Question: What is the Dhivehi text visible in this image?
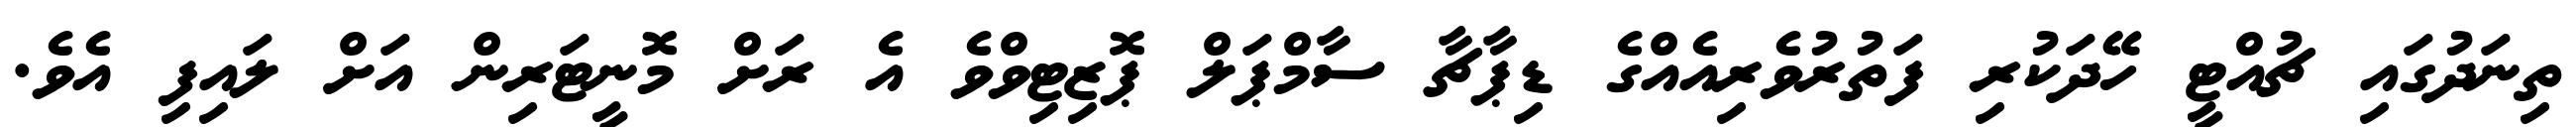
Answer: ތިނަދުގައި ޗުއްޓީ ހޭދަކުރި ފަތުރުވެރިއެއްގެ ޑިޕާޗާ ސާމްޕަލް ޕޮޒިޓިވްވެ އެ ރަށް މޮނީޓަރިން އަށް ލައިފި އެވެ.